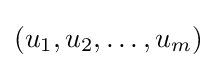
(u_{1},u_{2},\dots ,u_{m})